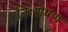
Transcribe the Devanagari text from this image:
निःशेषण